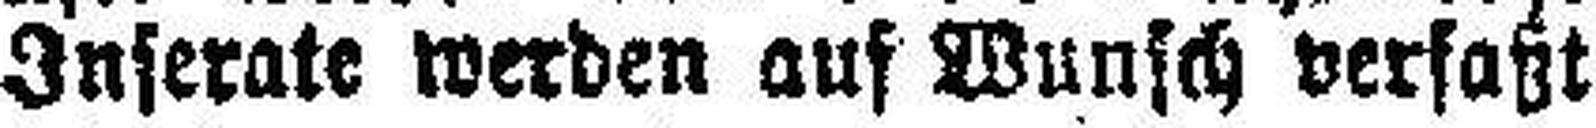
Inserate werden auf Wunsch verfaßt